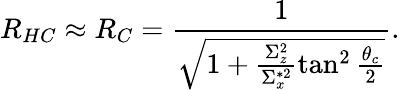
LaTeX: R_{HC}\approx R_{C}=\frac{1}{\sqrt{1+\frac{\Sigma_{z}^{2}}{\Sigma_{x}^{*2}}\tan^{2}\frac{\theta_{c}}{2}}}.